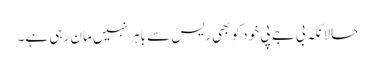
حالانکہ بی جے پی خود کو بھی ریس سے باہر نہیں مان رہی ہے۔